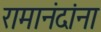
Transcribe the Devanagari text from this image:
रामानंदांना